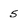
Character: 5